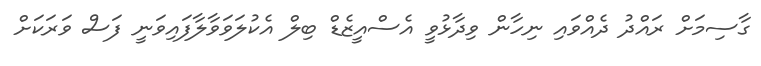
ގާސިމަށް ރައްދު ދެއްވައި ނިހާން ވިދާޅުވީ އެސްއީޒެޑް ބިލް އެކުލަވަވާލާފައިވަނީ ފަސް ވަރަކަށް